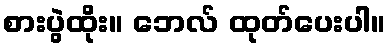
စားပွဲထိုး။ ဘေလ် ထုတ်ပေးပါ။